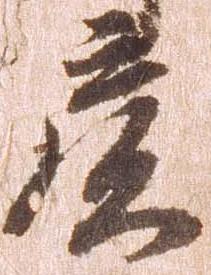
彦